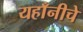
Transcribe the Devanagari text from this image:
यहाँनीचे